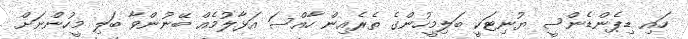
ހައި ޑިޕެންޑެންސީ ޔުނިޓަކީ ބަލިމީހުންގެ ތެރެއިން ހާއްސަ އަޅާލުމެއް ބޭނުންވާ ބަލި މީހުންނަށް